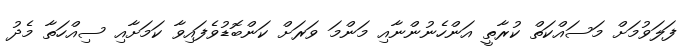
ފަލަވުމަށް މަސައްކަތް ކުރާތީ އަންހެނުންނާއި މަންމަ ވަރަށް ކަންބޮޑުވެފައިވާ ކަމަށާއި ސިއްހަތާ މެދު